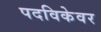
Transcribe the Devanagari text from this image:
पदविकेवर